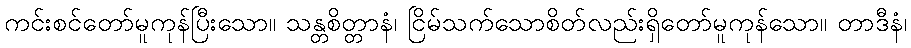
ကင်းစင်တော်မူကုန်ပြီးသော။ သန္တစိတ္တာနံ၊ ငြိမ်သက်သောစိတ်လည်းရှိတော်မူကုန်သော။ တာဒီနံ၊